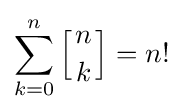
\sum _{k=0}^{n}\left[{n \atop k}\right]=n!